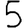
Digit: 5